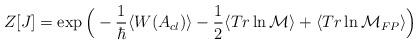
LaTeX: \begin{align*}Z[J]=\exp\Big(-\frac{1}{\hbar}\langle W(A_{cl})\rangle-\frac{1}{2}\langle Tr\ln{\cal M}\rangle+\langle Tr\ln {\cal M}_{FP}\rangle\Big)\end{align*}